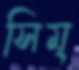
সিম্